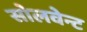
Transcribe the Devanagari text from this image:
सोलवेन्ट